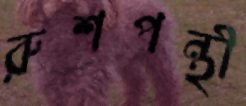
রুশপন্থী